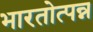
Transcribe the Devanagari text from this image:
भारतोत्पन्न